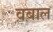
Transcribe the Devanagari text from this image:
वबाल